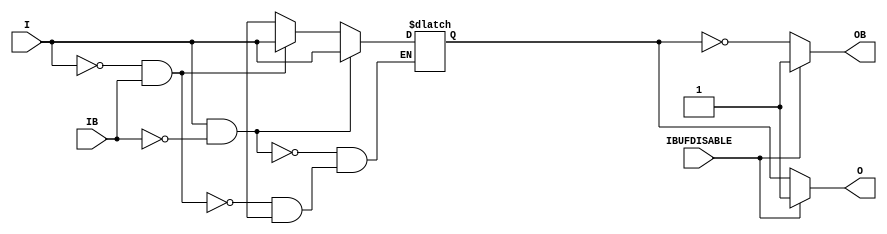
///////////////////////////////////////////////////////////////////////////////
// Copyright (c) 1995/2004 Xilinx, Inc.
// All Right Reserved.
///////////////////////////////////////////////////////////////////////////////
//   ____  ____
//  /   /\/   /
// /___/  \  /    Vendor : Xilinx
// \   \   \/     Version : 10.1
//  \   \         Description : Xilinx Functional Simulation Library Component
//  /   /                  Differential Signaling Input Buffer with Differential Outputs
// /___/   /\     Filename : IBUFDS_DIFF_OUT_IBUFDISABLE.v
// \   \  /  \    Timestamp : Wed Dec  8 17:04:24 PST 2010
//  \___\/\___\
//
// Revision:
//    12/08/10 - Initial version.
// End Revision

`timescale  1 ps / 1 ps


module IBUFDS_DIFF_OUT_IBUFDISABLE (O, OB, I, IB, IBUFDISABLE);

    parameter DIFF_TERM = "FALSE";
    parameter IBUF_LOW_PWR = "TRUE";
    parameter IOSTANDARD = "DEFAULT";

    output O; 
    output OB;

    input I;
    input IB;
    input IBUFDISABLE;

    reg  o_out;

    initial begin
        case (DIFF_TERM)

            "TRUE", "FALSE" : ;
            default : begin
                          $display("Attribute Syntax Error : The attribute DIFF_TERM on IBUFDS_DIFF_OUT_IBUFDISABLE instance %m is set to %s.  Legal values for this attribute are TRUE or FALSE.", DIFF_TERM);
                          $finish;
                      end

        endcase // case(DIFF_TERM)

        case (IBUF_LOW_PWR)

            "FALSE", "TRUE" : ;
            default : begin
                          $display("Attribute Syntax Error : The attribute IBUF_LOW_PWR on IBUFDS_DIFF_OUT_IBUFDISABLE instance %m is set to %s.  Legal values for this attribute are TRUE or FALSE.", IBUF_LOW_PWR);
                          $finish;
                      end

        endcase

    end


    always @(I or IB) begin
	if (I == 1'b1 && IB == 1'b0)
	    o_out <= I;
	else if (I == 1'b0 && IB == 1'b1)
	    o_out <= I;
        else if (I == 1'bx || IB == 1'bx)
            o_out <= 1'bx;
    end

   assign O  = (IBUFDISABLE == 0) ? o_out : 1'b1;
   assign OB = (IBUFDISABLE == 0) ? ~o_out : 1'b1;

endmodule